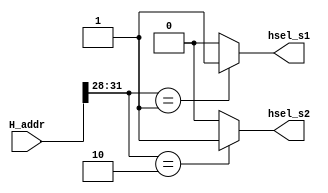
//====================================================
// module      :  ahb address decoder
// editor      :  shiyong 
// data        :  2022/11/12
// description :
//                address decorder , Hsel to slave
//====================================================

module ahb_decoder (
        input  [31:0]  H_addr, 
        output         hsel_s1,
        output         hsel_s2
);
//31 30 29 28
assign hsel_s1 = (H_addr[31:28]== 4'h1) ? 1'b1 : 1'b0;
assign hsel_s2 = (H_addr[31:28]== 4'h2) ? 1'b1 : 1'b0;

endmodule